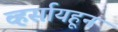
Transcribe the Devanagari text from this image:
व्हर्सायहून